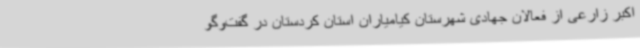
اکبر زارعی از فعالان جهادی شهرستان کیامیاران استان کردستان در گفت‌وگو